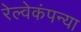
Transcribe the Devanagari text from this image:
रेल्वेकंपन्या